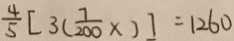
\frac { 4 } { 5 } [ 3 ( \frac { 7 } { 2 0 0 } \times ) ] = 1 2 6 0